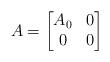
LaTeX: \begin{align*}A=\begin{bmatrix}A_{0} & 0\\0 & 0\end{bmatrix}\end{align*}